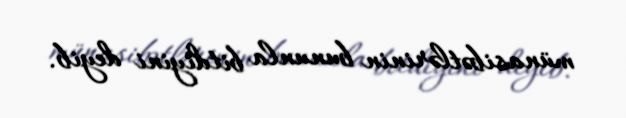
münasibətlərinin bununla bitdiyini deyib.